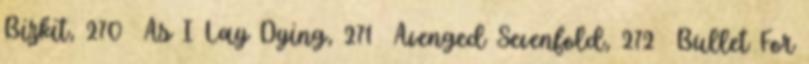
Bizkit, 270 As I Lay Dying, 271 Avenged Sevenfold, 272 Bullet For